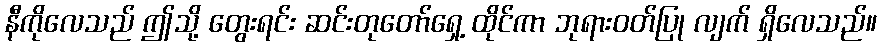
နီကိုလေသည် ဤသို့ တွေးရင်း ဆင်းတုတော်ရှေ့ ထိုင်ကာ ဘုရားဝတ်ပြု လျက် ရှိလေသည်။